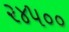
૨૪૫૦૦